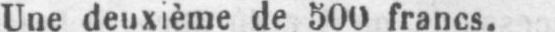
Une deuxième de 500 francs.